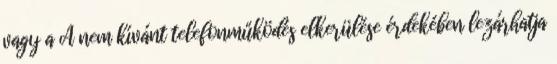
vagy a A nem kívánt telefonműködés elkerülése érdekében lezárhatja